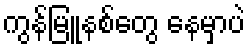
ကွန်မြူနစ်တွေ နေမှာပဲ